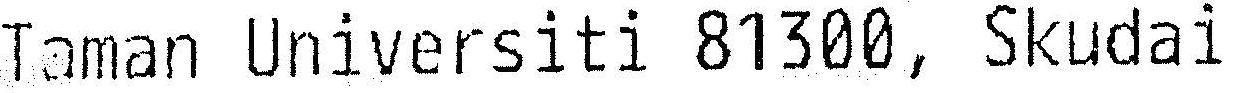
TAMAN UNIVERSITI 81300, SKUDAI